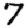
Digit: 7